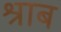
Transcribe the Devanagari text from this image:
श्राब